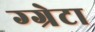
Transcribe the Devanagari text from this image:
ग्ग्रेटा